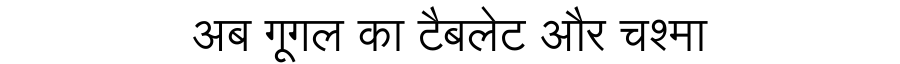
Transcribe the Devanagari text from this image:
अब गूगल का टैबलेट और चश्मा